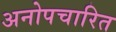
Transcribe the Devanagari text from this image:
अनोपचारित